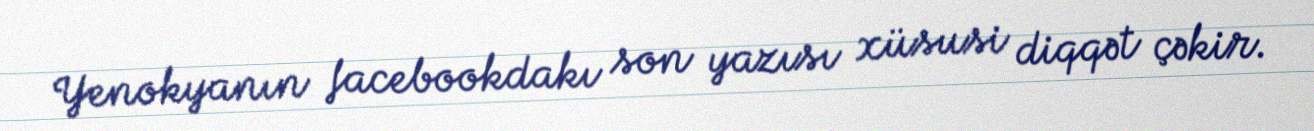
Yenokyanın facebookdakı son yazısı xüsusi diqqət çəkir.